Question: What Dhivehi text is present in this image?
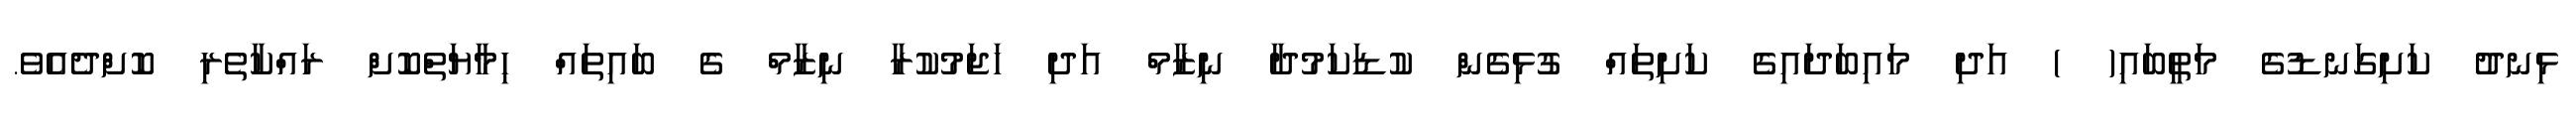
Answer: ޅިނދު ކަށިގަނޑުގެ މަތީބައި( ) އަދި މައިބަދައިގެ ކަށިތައް ގުޅިގެން ކުޑަކަމުދާ ނިޒާމް އަދި ހަޖަމުކުރާ ނިޒާމް ގެ ބައިތައް ހިމާޔަތްކޮށް ރައްކާތެރި ކޮށްދެއެވެ.